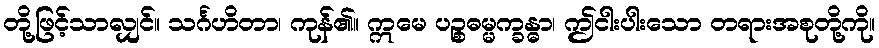
တို့ဖြင့်သာလျှင်။ သင်္ဂဟိတာ၊ ကုန်၏။ ဣမေ ပဉ္စဓမ္မက္ခန္ဓာ၊ ဤငါးပါးသော တရားအစုတို့ကို။